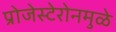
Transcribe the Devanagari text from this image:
प्रोजेस्टेरोनमुळे